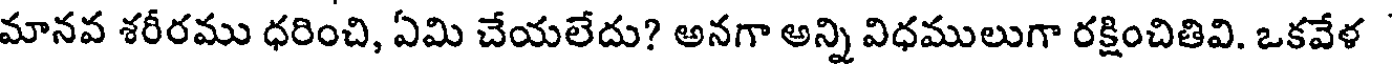
మానవ శరీరము ధరించి, ఏమి చేయలేదు? అనగా అన్ని విధములుగా రక్షించితివి. ఒకవేళ